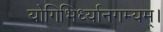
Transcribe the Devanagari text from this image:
योगिभिर्ध्यानगम्यम्।